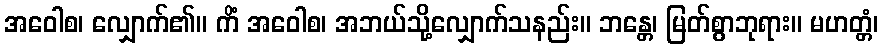
အဝေါစ၊ လျှောက်၏။ ကိံ အဝေါစ၊ အဘယ်သို့လျှောက်သနည်း။ ဘန္တေ၊ မြတ်စွာဘုရား။ မဟတ္တံ၊